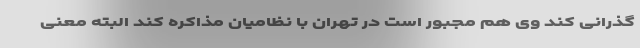
گذرانی کند وی هم مجبور است در تهران با نظامیان مذاکره کند البته معنی